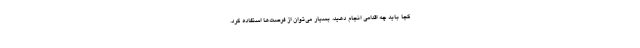
کجا باید چه اقدامی انجام دهید، بسیار می‌توان از فرصت‌ها استفاده کرد.